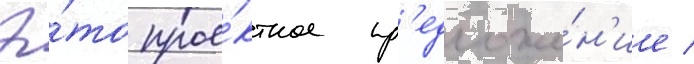
Э́то прое́ктное пр'едложе́н'ие /